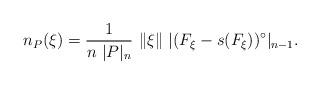
LaTeX: \begin{align*} n_{P}(\xi) = \frac{1}{n \ |P|_n} \ \|\xi\| \ |(F_{\xi}-s(F_{\xi}))^{\circ}|_{n-1} .\end{align*}